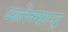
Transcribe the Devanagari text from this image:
आलेक्सान्द्र